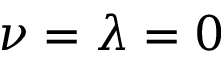
\nu = \lambda = 0